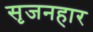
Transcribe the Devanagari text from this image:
सृजनहार